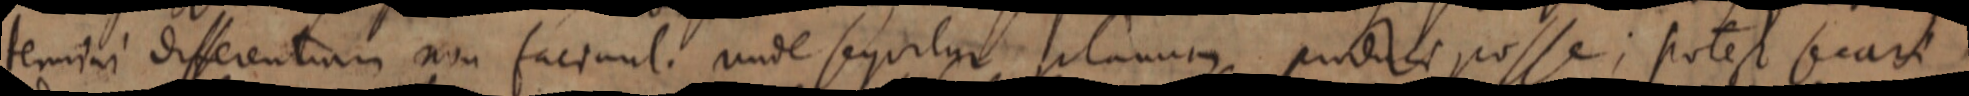
termini differentium non faciunt. unde sequitur silanum produes posse; potest secari